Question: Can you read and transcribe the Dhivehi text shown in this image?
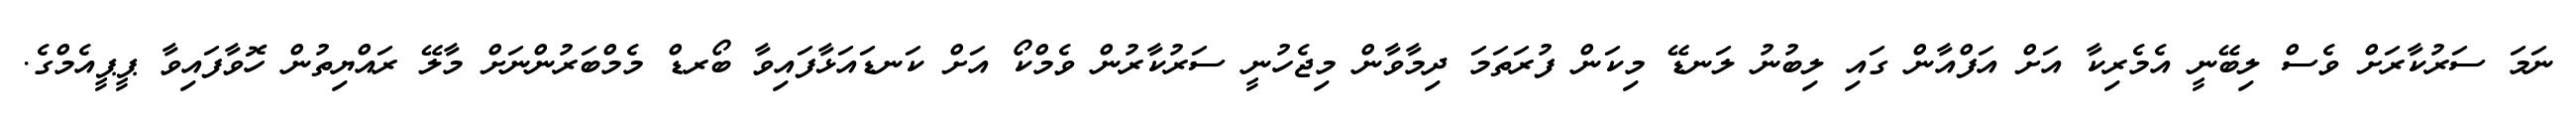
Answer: ނަމަ ސަރުކާރަށް ވެސް ލިބޭނީ އެމެރިކާ އަށް އަފްއާން ގައި ލިބުނު ލަނޑޭ މިކަން ފުރަތަމަ ދިމާވާން މިޖެހުނީ ސަރުކާރުން ވެމްކޯ އަށް ކަނޑައަޅާފައިވާ ބޯރޑް މެމްބަރުންނަށް މާލޭ ރައްޔިތުން ހޮވާފައިވާ ޕީޕީއެމްގެ.